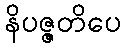
နိပဇ္ဇတိပေ